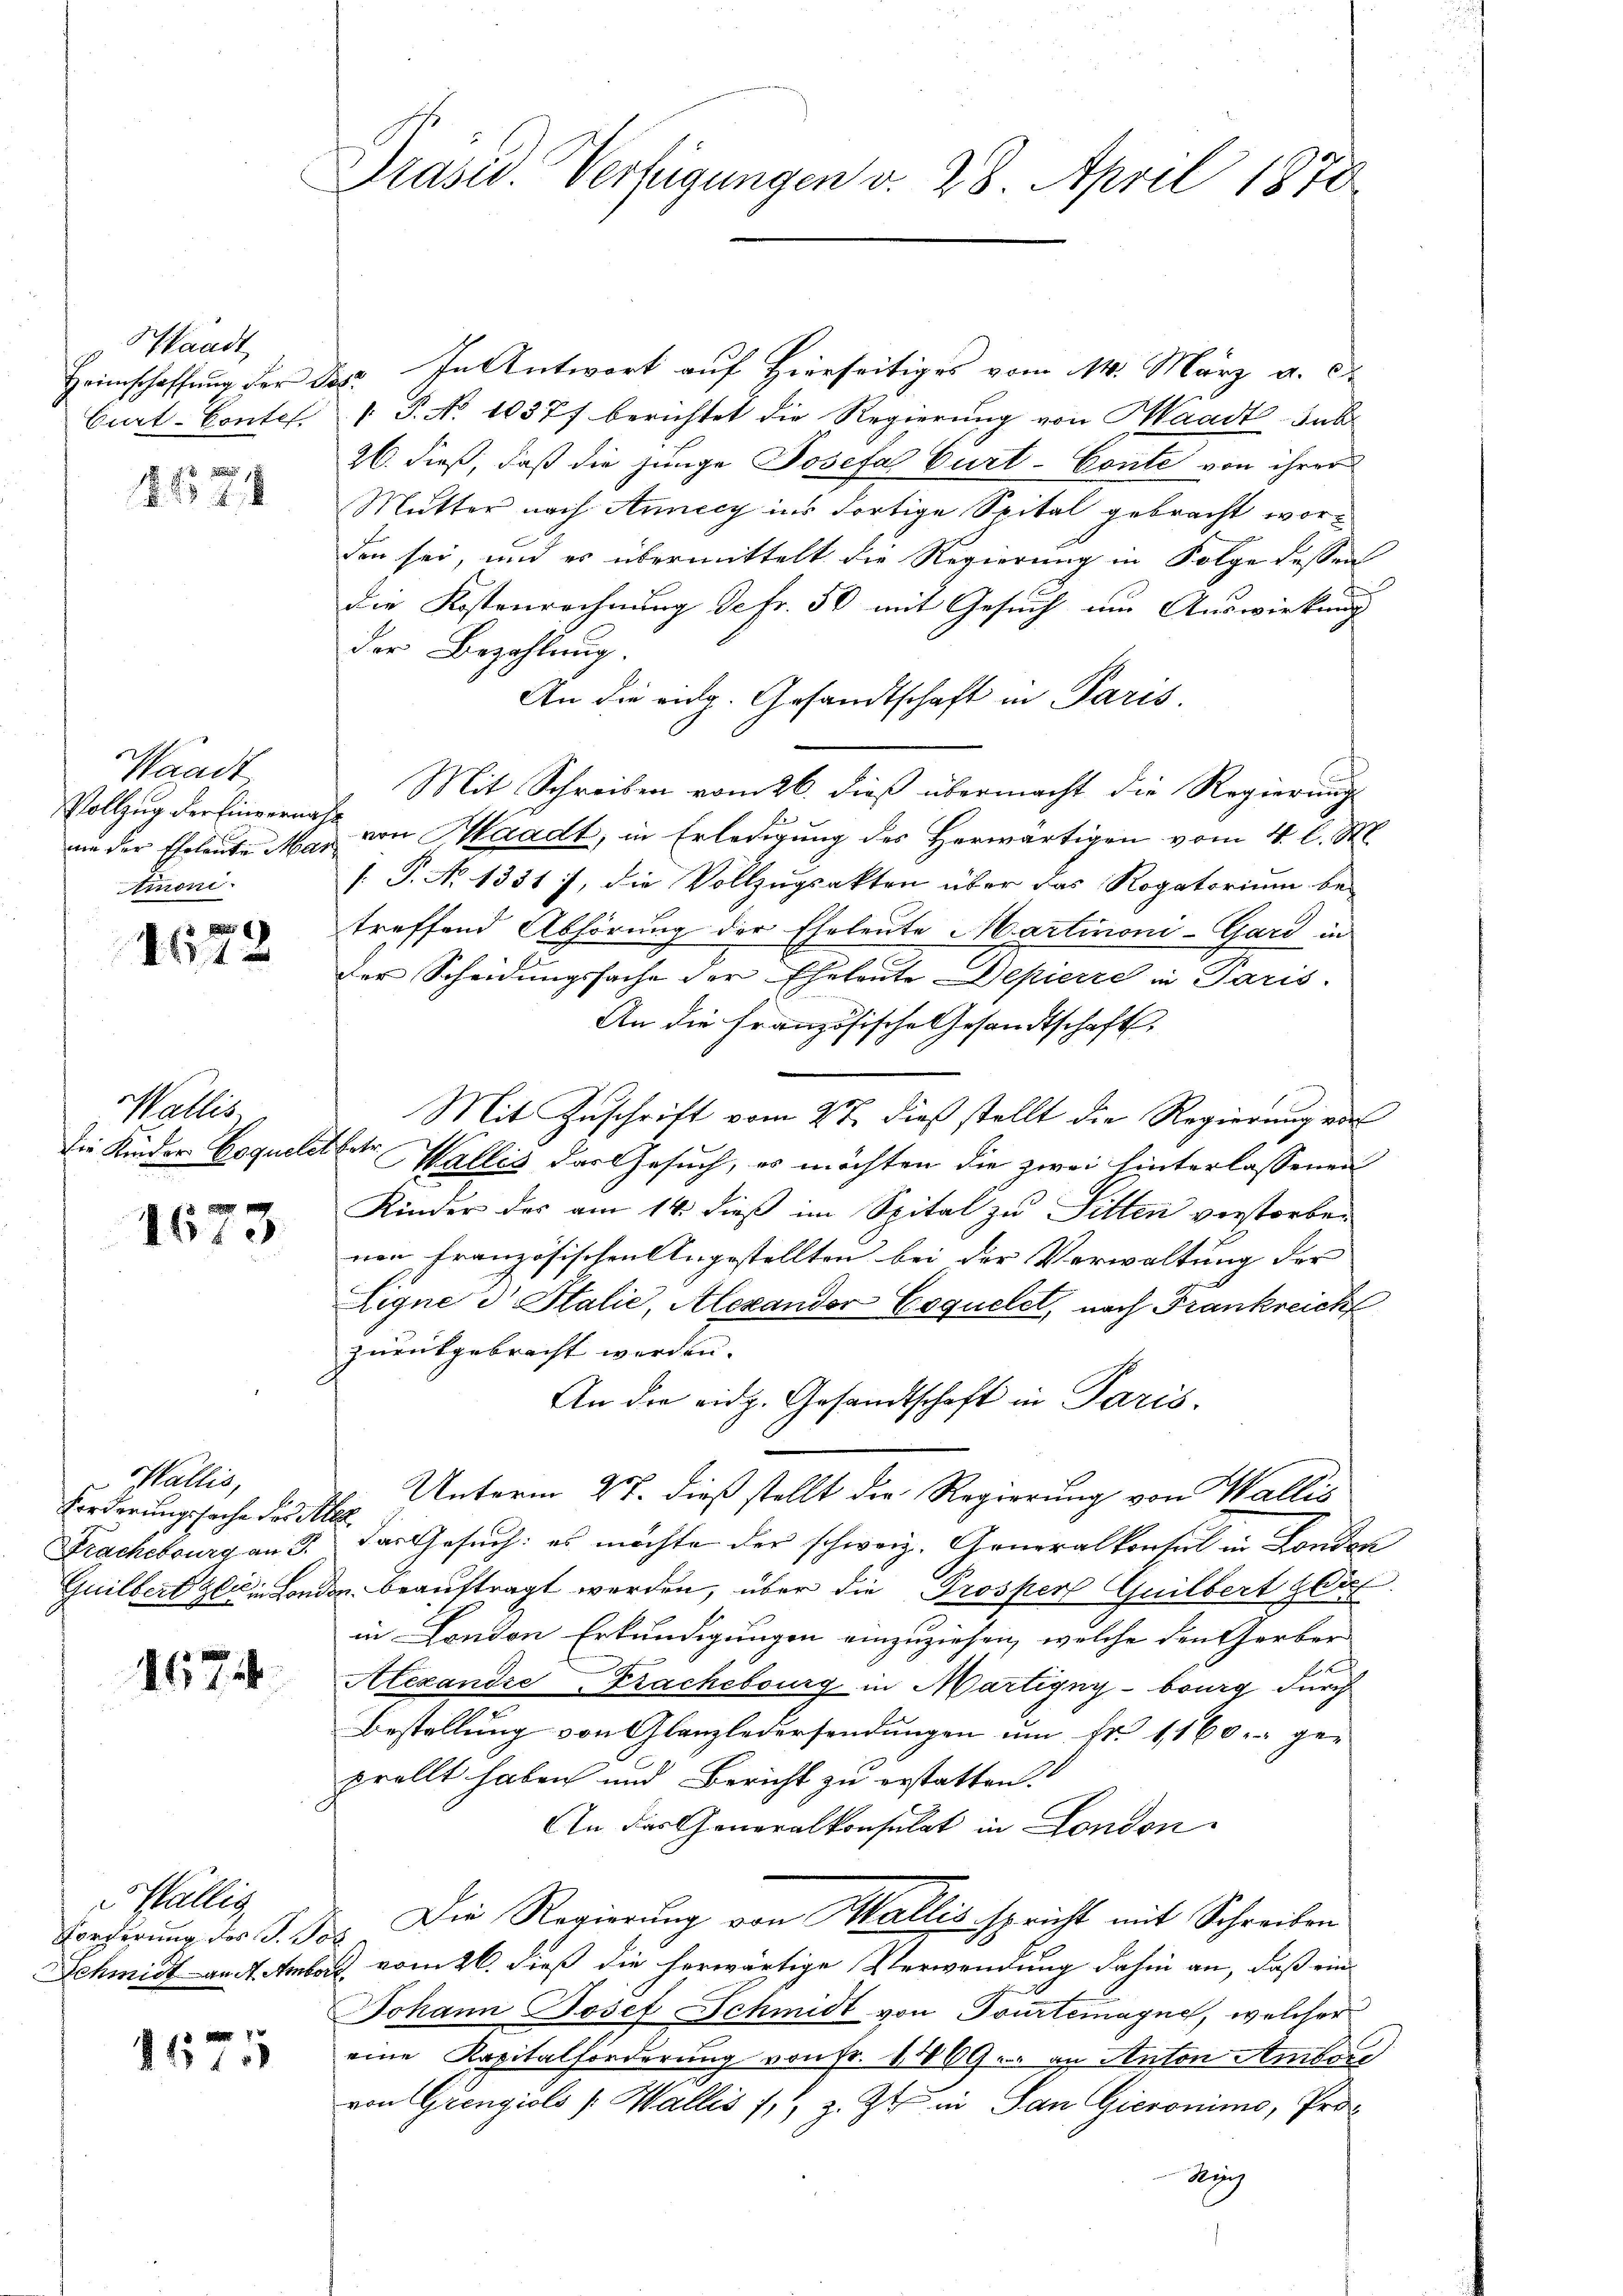
Pfandt
Heimschaffung der
Curt-Contef.

8278

Waadt
Vollzug der Einvernah
ame der Eheleute Mar
timoni

1 x

Salles,
Die Kinder Coquelet

1673

Wallis,
Forderungssache des Ale
Frachebourg an d
Guilbert gli in Lond

1674

Hällig,
Forderung des J. So
Schmidt an dh. Amber

7 x
1115

Präsid. Verfügungen v. 28. April 1872

2. In Antwort auf Hierseitiges vom 14. März a. 0.
[ P. No 10377 berichtet die Regierung von Waadt subr
26. dieß, daß die junge Josefa Curt-Conte von ihrer
Mutter nach Annecy ins dortige Spital gebracht worden sei, und es übermittelt die Regierung in Folge dessen
die Kostenrechnung defr. 50 mit Gesuch um Auswirkung
der Bezahlung.
An die eidg. Gesandtschaft in Paris
Mit Schreiben vom 26. dieß übermacht die Regierungs
von Waadt, in Erledigung des Herwärtigen vom 4 l. M.
[ P. No. 1331), die Vollzugsakten über das Rogatorium be-
treffend Abhörung der Eheleute Martinoni-Gard in
Der Scheidungssache der Eheleute Depicere in Paris.
An die Französische Gesandtschaft,
Mit Zuschrift vom 27. dieß stellt die Regierung von
bete
Wallis das Gesuch, es möchten die zwei hinterlassenen
Kinder das am 14. dieß im Spital zu Sitten verstorben
nen französischen Angestellten bei der Verwaltung der
Ligne d Stalie, Alexander Coquelet, nach Frankreich
zurückgebracht werden. |
An die eidg. Gesandtschaft in Paris.
Unterm 27. dieß stellt der Regierung von Wallis
Der Gesuch: es möchte der schweiz. Generalkonsul in London
u beauftragt werden, über die Prosper Guilbert sei
in London Erkundigungen einzuziehen, welche den Gerber
Alexandre Frachebourg in Martigny-bourg durch
Bestellung von Glanzledersendungen um Fr. 1160. ge-
prellt haben und Bericht zu erstatten.
An das Generalkonsulat in London.
Die Regierung von Wallis spricht mit Schreiben
1 vom 26. dieß die herwärtige Verwendung dahin an, daß ein
Johann Josef Schmidt von Tourtemayne, welcher
eine Kapitalforderung von Fr. 1869. an Anton Ambere
von Giengiols [Wallis 1, z. Zt. in San Gieronimo, Pro¬
Kug